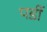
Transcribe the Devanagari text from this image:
पर्डी